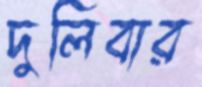
দুলিবার